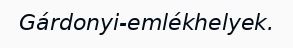
Gárdonyi-emlékhelyek.